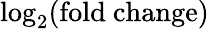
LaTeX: \log_{2}(\mathrm{fold~change})